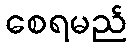
စေရမည်